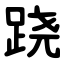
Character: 跷